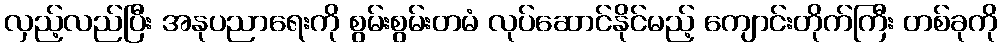
လှည့်လည်ပြီး အနုပညာရေးကို စွမ်းစွမ်းတမံ လုပ်ဆောင်နိုင်မည့် ကျောင်းတိုက်ကြီး တစ်ခုကို